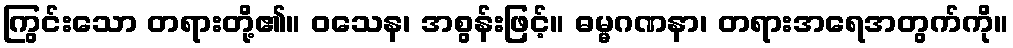
ကြွင်းသော တရားတို့၏။ ဝသေန၊ အစွန်းဖြင့်။ ဓမ္မဂဏနာ၊ တရားအရေအတွက်ကို။